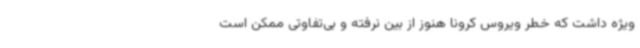
ویژه داشت که خطر ویروس کرونا هنوز از بین نرفته و بی‌تفاوتی ممکن است